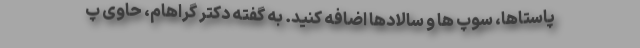
پاستاها، سوپ ها و سالادها اضافه کنید. به گفته دکتر گراهام، حاوی پ